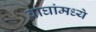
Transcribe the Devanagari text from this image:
वाघांमध्ये